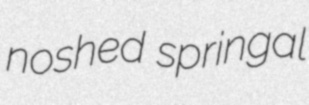
noshed springal